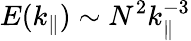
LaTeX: E(k_{\parallel})\sim N^{2}k_{\parallel}^{-3}